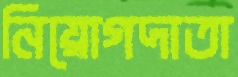
নিয়োগদাতা